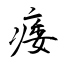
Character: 痿